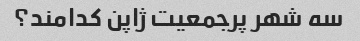
سه شهر پرجمعیت ژاپن کدامند؟